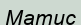
Матис